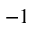
- 1